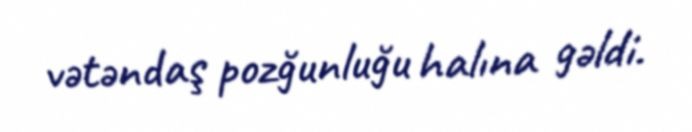
vətəndaş pozğunluğu halına gəldi.